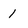
Character: 1